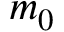
m _ { 0 }